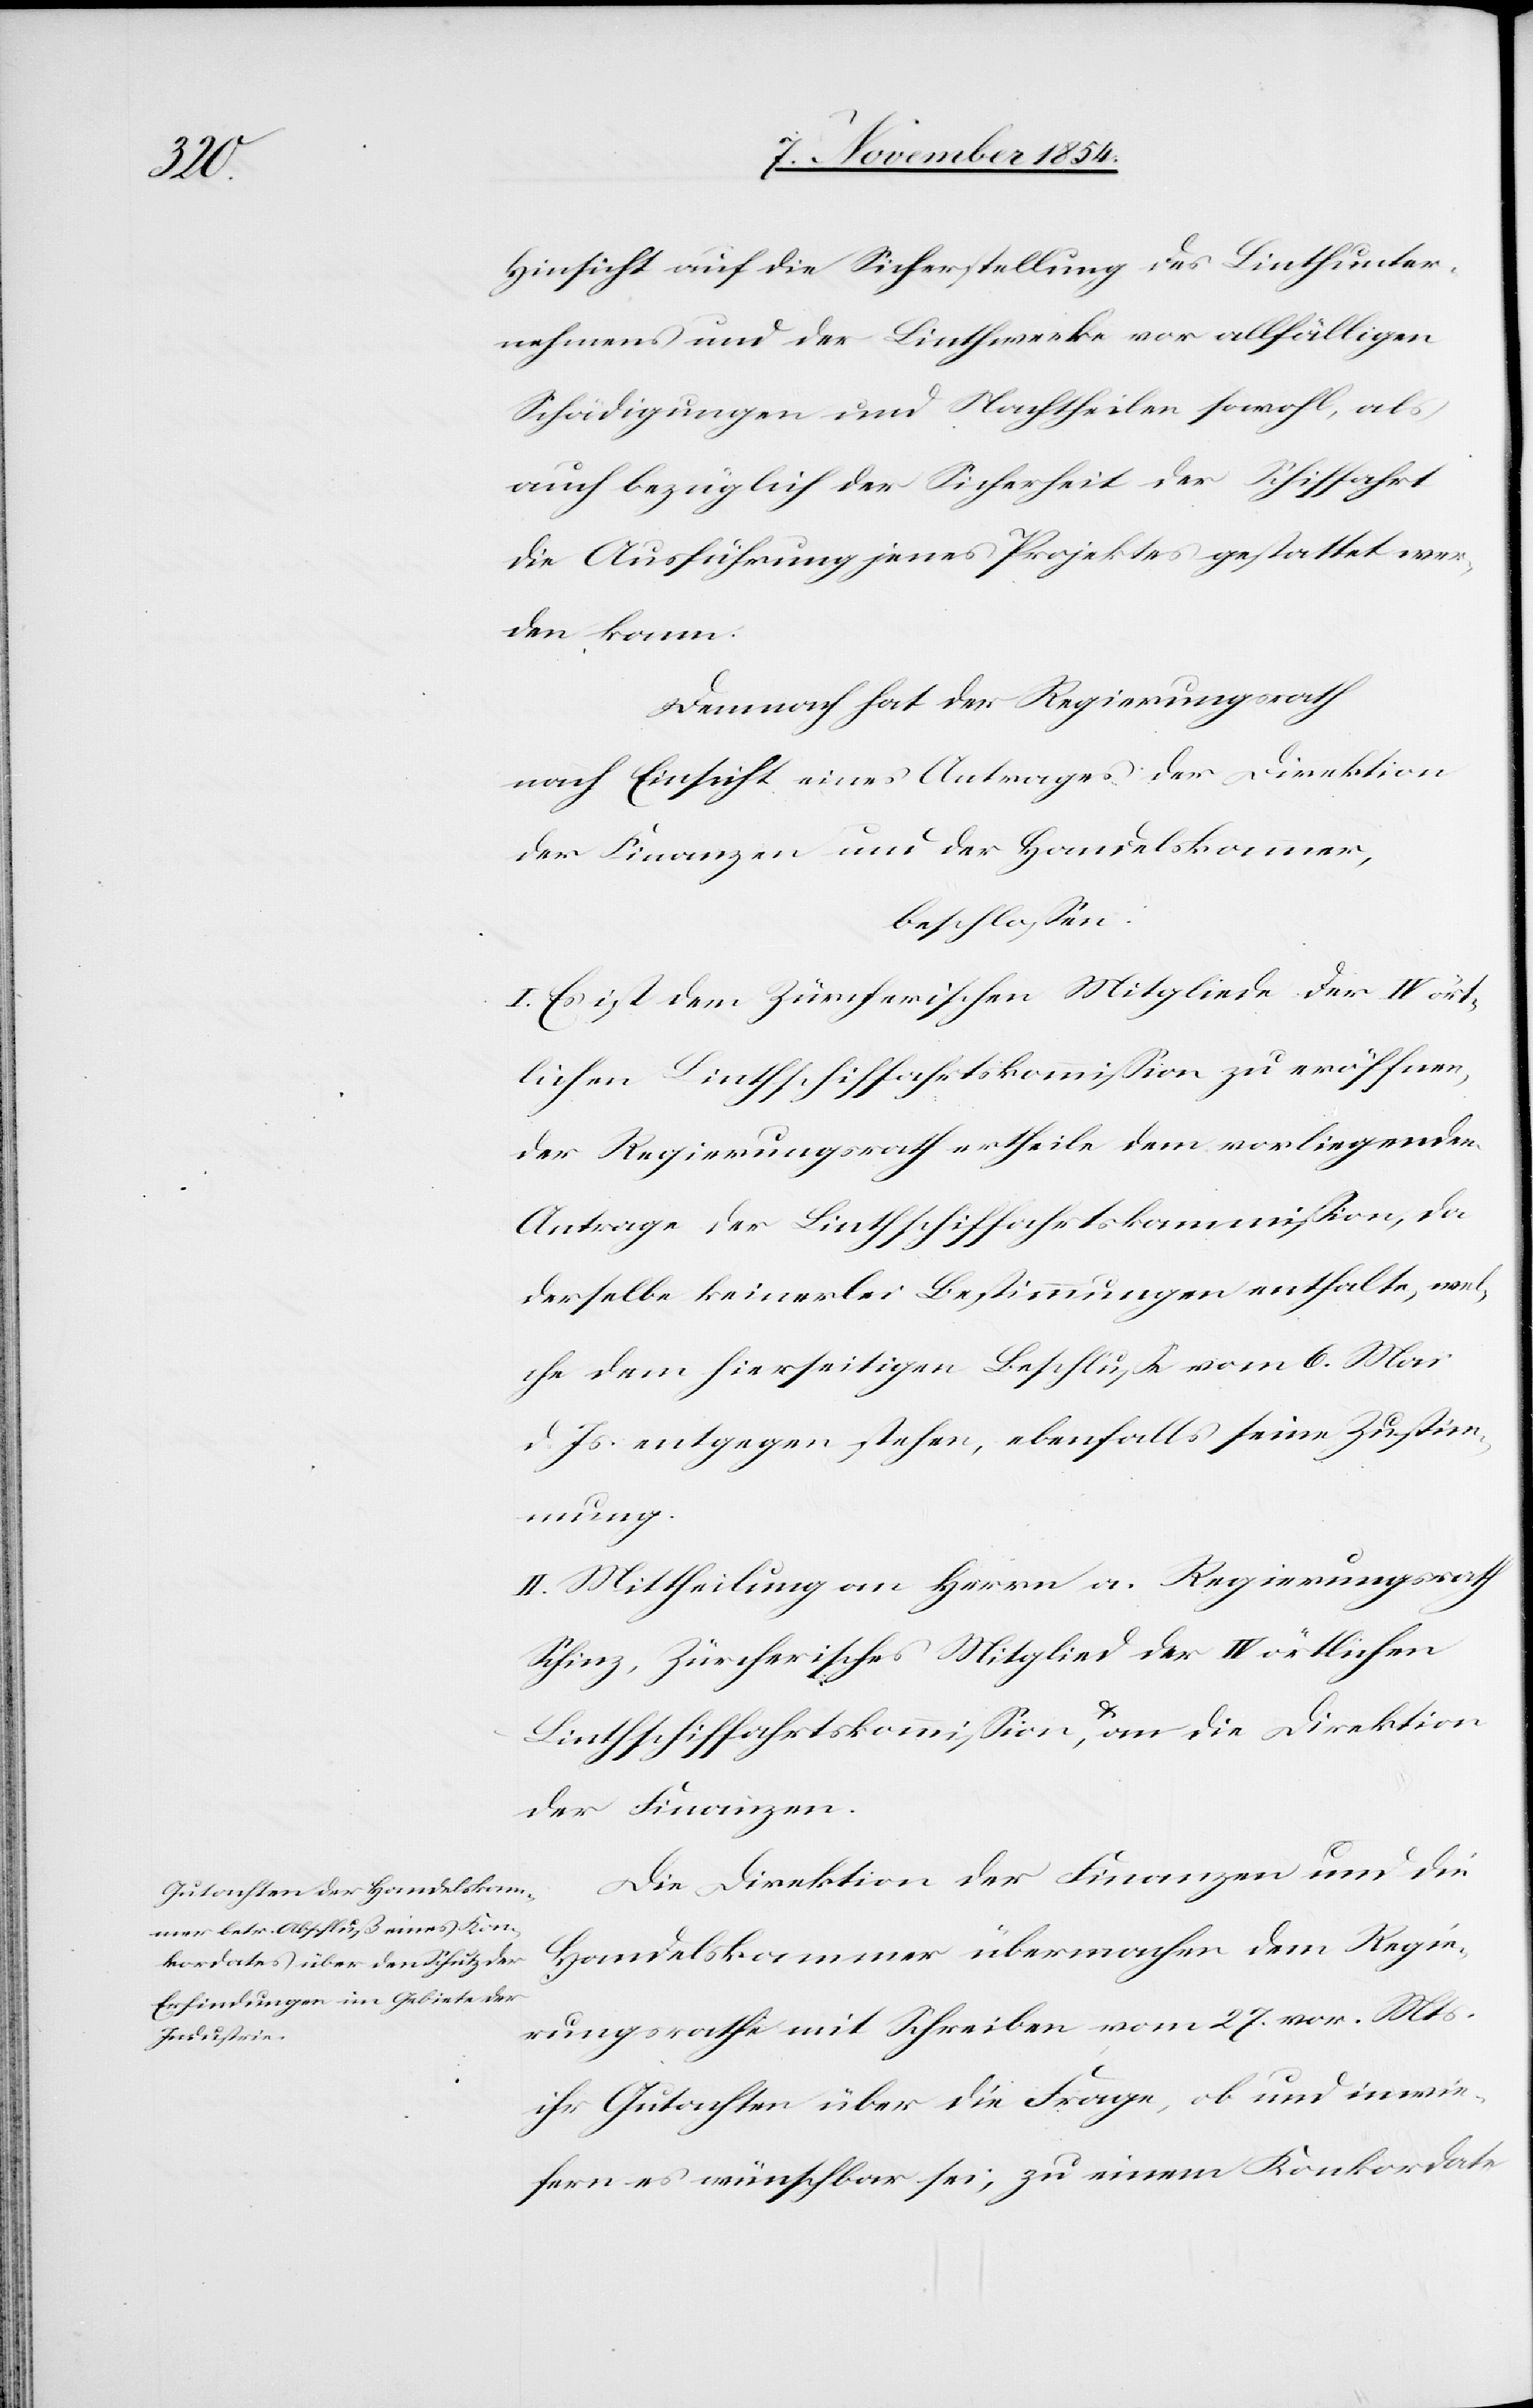
Hinsicht auf die Sicherstellung des Linthunter¬
nehmens und der Linthwerke vor allfälligen
Schädigungen und Nachtheilen sowohl, als
auch bezüglich der Sicherheit der Schiffahrt
die Ausführung jenes Projektes gestattet wer¬
den kann.
Demnach hat der Regierungsrath
nach Einsicht eines Antrages der Direktion
der Finanzen und der Handelskammer,
beschloßen:
I. Es ist dem Zürcherischen Mitgliede der IV ört¬
lichen Linthschiffahrtskommißion zu eröffnen,
der Regierungsrath ertheile dem vorliegenden
Antrage der Linthschiffahrtskommißion, da
derselbe keinerlei Bestimmungen enthalte, wel¬
che dem hierseitigen Beschluße vom 6. Mai
d. Js. entgegen stehen, ebenfalls seine Zustim¬
mung.
II. Mittheilung an Herrn a. Regierungsrath
Schinz, Zürcherisches Mitglied der IV örtlichen
Linthschiffahrtskommißion, a-&-a an die Direktion
der Finanzen.
Die Direktion der Finanzen und die
Handelskammer übermachen dem Regie¬
rungsrathe mit Schreiben vom 27. vor. Mts.
ihr Gutachten über die Frage, ob und inwie¬
fern es wünschbar sei, zu einem Konkordate